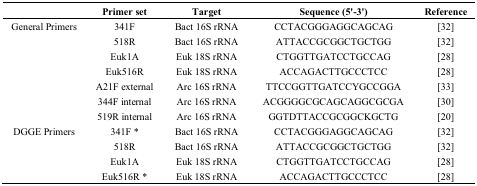
|  | Primer set | Target | Sequence (5'-3') | Reference |
 | --- | --- | --- | --- | --- |
 | General Primers | 341F | Bact 16S rRNA | CCTACGGGAGGCAGCAG | [32] |
 |  | 518R | Bact 16S rRNA | ATTACCGCGGCTGCTGG | [32] |
 |  | Euk1A | Euk 18S rRNA | CTGGTTGATCCTGCCAG | [28] |
 |  | Euk516R | Euk 18S rRNA | ACCAGACTTGCCCTCC | [28] |
 |  | A21F external | Arc 16S rRNA | TTCCGGTTGATCCYGCCGGA | [33] |
 |  | 344F internal | Arc 16S rRNA | ACGGGGCGCAGCAGGCGCGA | [30] |
 |  | 519R internal | Arc 16S rRNA | GGTDTTACCGCGGCKGCTG | [20] |
 | DGGE Primers | 341F * | Bact 16S rRNA | CCTACGGGAGGCAGCAG | [32] |
 |  | 518R | Bact 16S rRNA | ATTACCGCGGCTGCTGG | [32] |
 |  | Euk1A | Euk 18S rRNA | CTGGTTGATCCTGCCAG | [28] |
 |  | Euk516R * | Euk 18S rRNA | ACCAGACTTGCCCTCC | [28] |